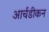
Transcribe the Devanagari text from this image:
आर्चडीकन